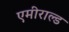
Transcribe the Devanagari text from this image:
एमीराल्ड